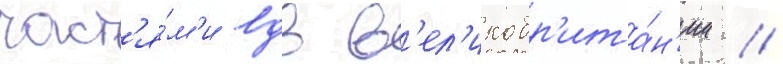
част'я́м'и вдв в'ел'икобр'ита́н'ии /